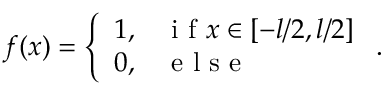
f ( x ) = \left\{ \begin{array} { l l } { 1 , } & { \mathrm { ~ i ~ f ~ } x \in [ - l / 2 , l / 2 ] } \\ { 0 , } & { \mathrm { ~ e ~ l ~ s ~ e ~ } } \end{array} \right. .